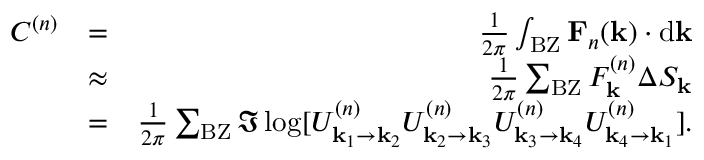
\begin{array} { r l r } { C ^ { ( n ) } } & { = } & { \frac { 1 } { 2 \pi } \int _ { \mathrm { B Z } } \mathbf { F } _ { n } ( \mathbf { k } ) \cdot \mathrm { d } \mathbf { k } } \\ & { \approx } & { \frac { 1 } { 2 \pi } \sum _ { \mathrm { B Z } } F _ { \mathbf { k } } ^ { ( n ) } \Delta S _ { \mathbf { k } } } \\ & { = } & { \frac { 1 } { 2 \pi } \sum _ { \mathrm { B Z } } \Im \log [ U _ { \mathbf { k } _ { 1 } \rightarrow \mathbf { k } _ { 2 } } ^ { ( n ) } U _ { \mathbf { k } _ { 2 } \rightarrow \mathbf { k } _ { 3 } } ^ { ( n ) } U _ { \mathbf { k } _ { 3 } \rightarrow \mathbf { k } _ { 4 } } ^ { ( n ) } U _ { \mathbf { k } _ { 4 } \rightarrow \mathbf { k } _ { 1 } } ^ { ( n ) } ] . } \end{array}